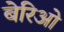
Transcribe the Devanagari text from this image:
बेरिओ